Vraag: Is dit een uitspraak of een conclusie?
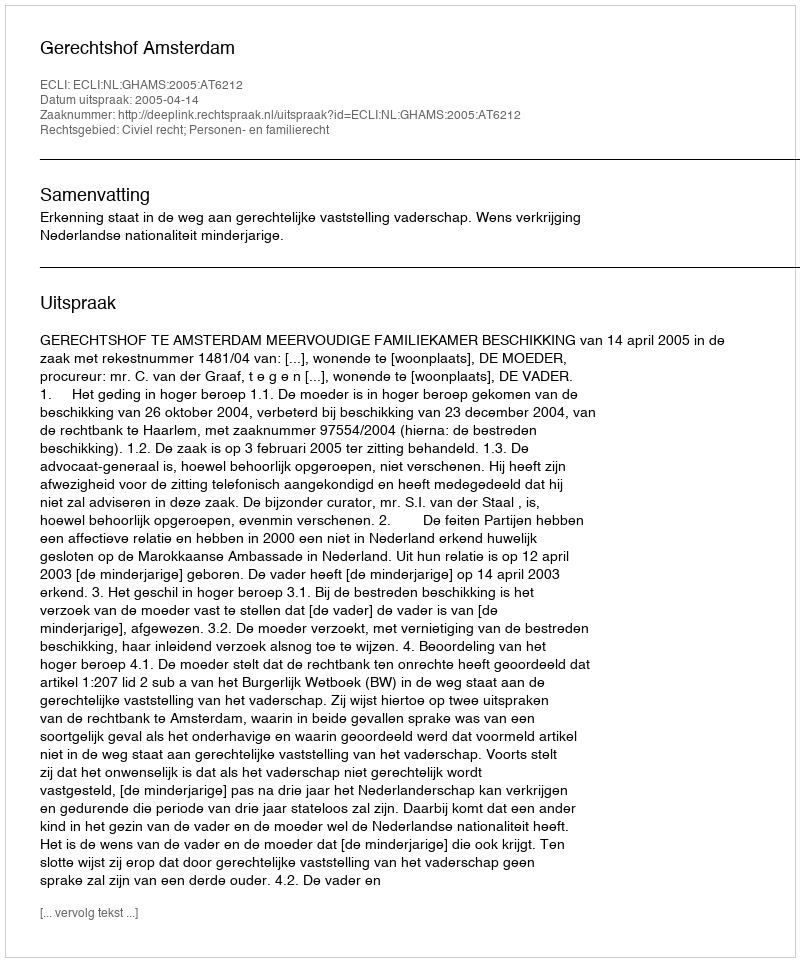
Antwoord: Uitspraak